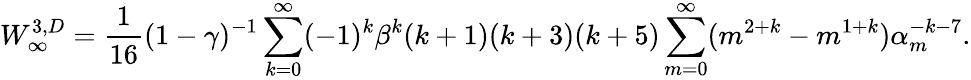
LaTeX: W_{\infty}^{3,D}={\frac{1}{16}}(1-\gamma)^{-1}\sum_{k=0}^{\infty}(-1)^{k}\beta^{k}(k+1)(k+3)(k+5)\sum_{m=0}^{\infty}(m^{2+k}-m^{1+k})\alpha_{m}^{-k-7}.